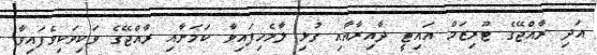
އަދި ރާއްޖޭގެ ޓޫރިޒަމް އައިޓީ ދާއިރާއާއި ގުޅި ލާމެހިފައިވާ ކަމަށާއި ރާއްޖޭގެ ވަކިވަކިވެފައިވާ